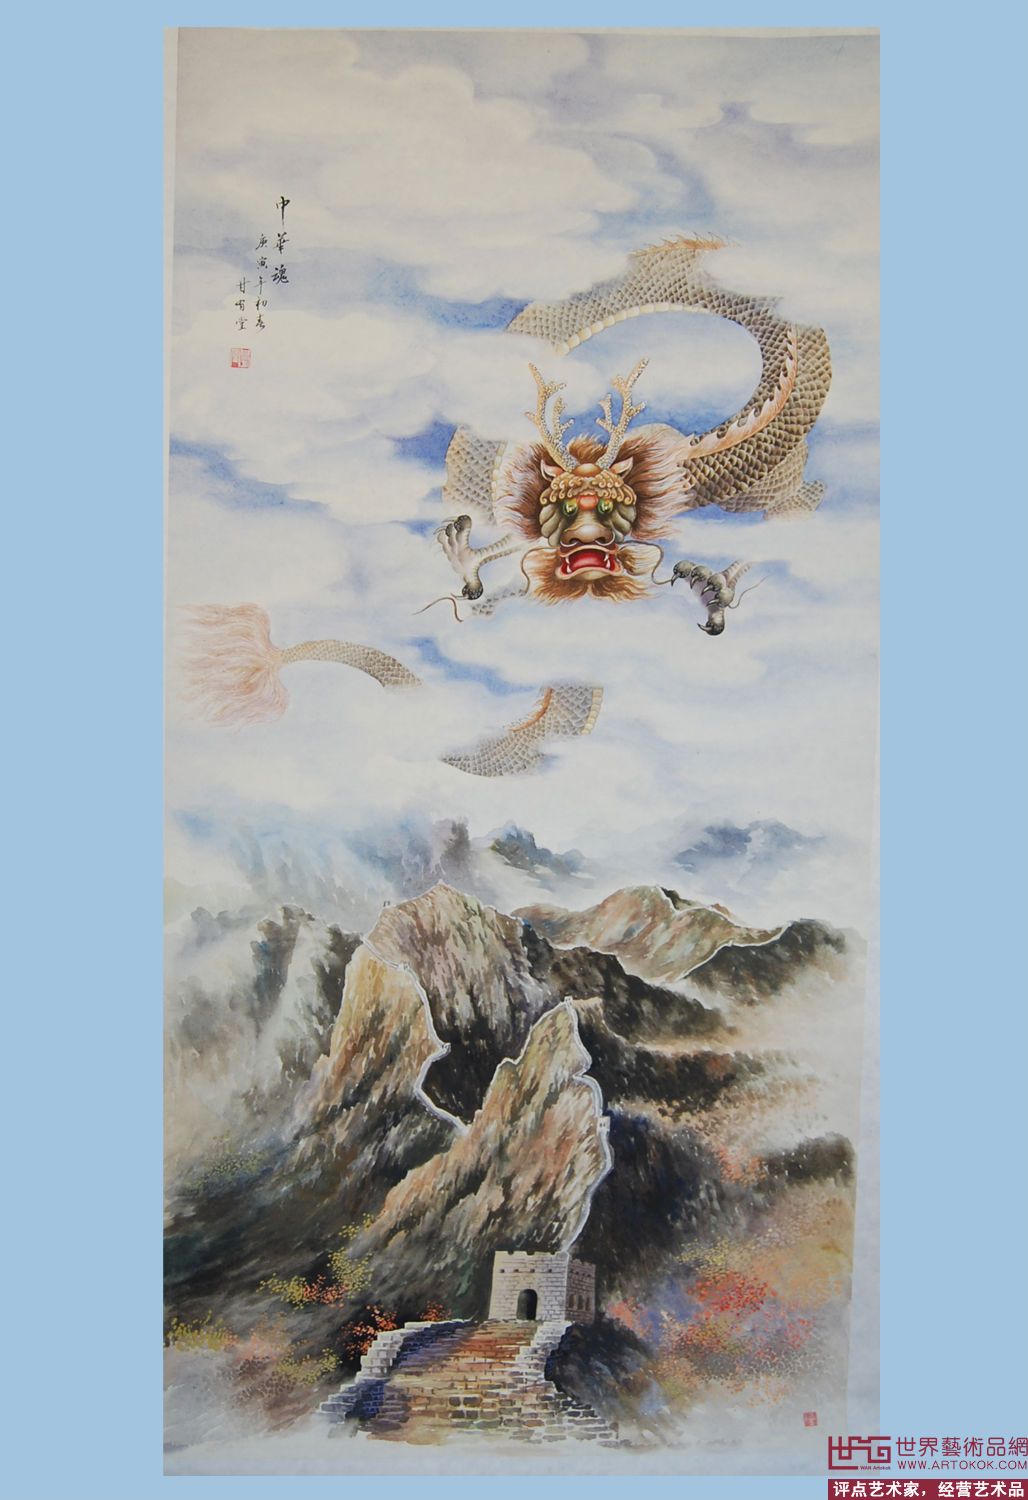
甘井近竭，招木近伐。